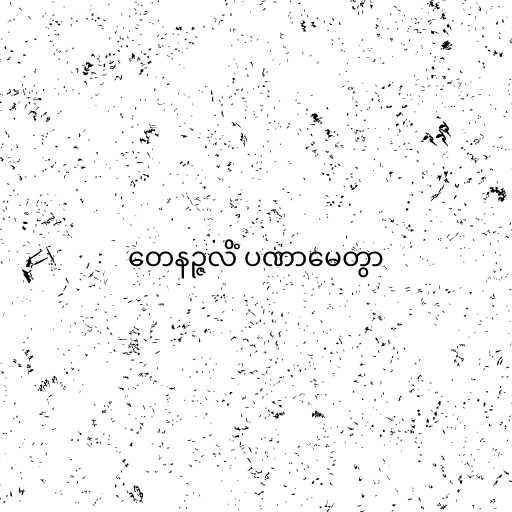
တေနဉ္ဇလိံ ပဏာမေတွာ